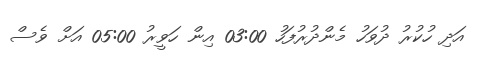
އަދި ހުކުރު ދުވަހު މެންދުރުފަހު 03:00 އިން ހަވީރު 05:00 އަށް ވެސް